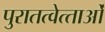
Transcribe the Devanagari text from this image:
पुरातत्‍वेत्‍ताओं